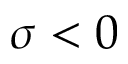
\sigma < 0